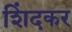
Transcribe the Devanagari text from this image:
शिंदकर